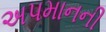
અપમાનની